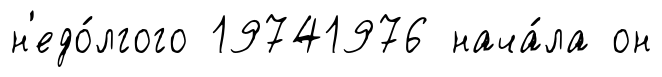
н'едо́лгого 19741976 нача́ла он